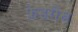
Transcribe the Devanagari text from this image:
फ्रेडरीख